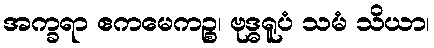
အက္ခရာ ဧကမေကဉ္စ၊ ဗုဒ္ဓရူပံ သမံ သိယာ၊